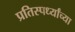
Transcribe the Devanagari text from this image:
प्रतिस्पर्ध्यांच्या